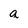
Character: a